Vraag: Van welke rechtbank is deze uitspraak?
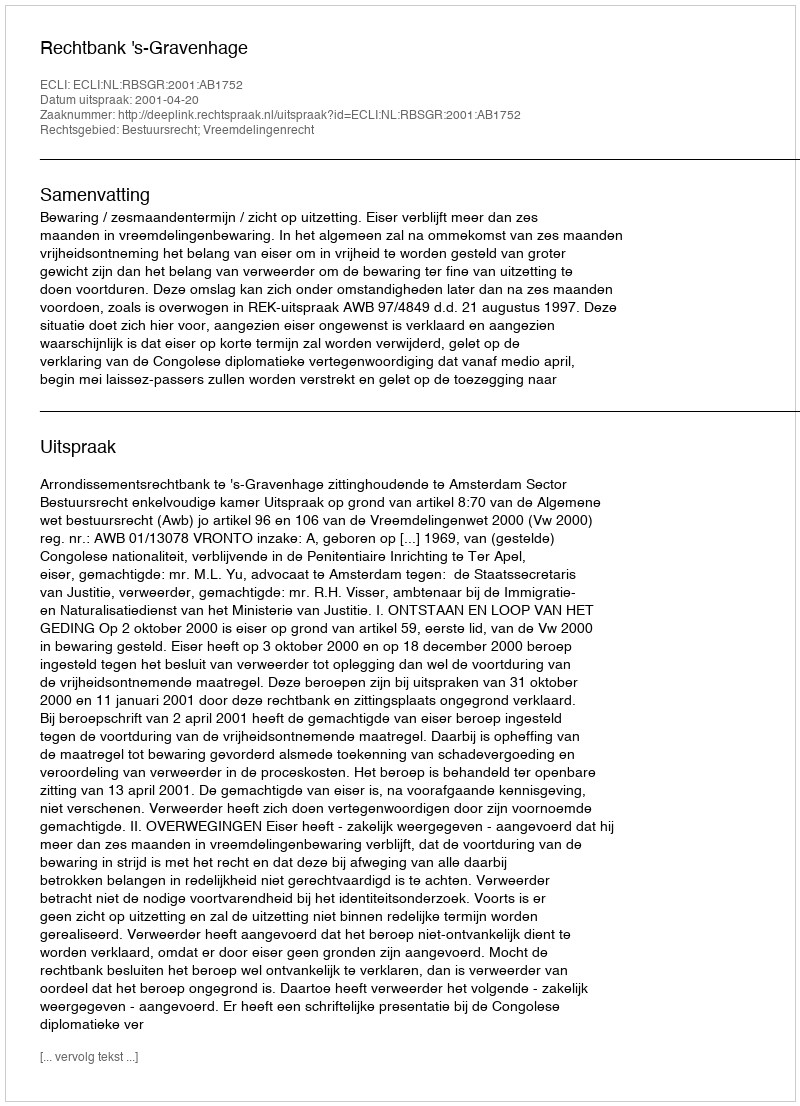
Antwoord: Rechtbank 's-Gravenhage